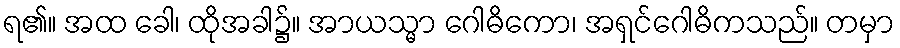
ရ၏။ အထ ခေါ၊ ထိုအခါ၌။ အာယသ္မာ ဂေါဓိကော၊ အရှင်ဂေါဓိကသည်။ တမှာ